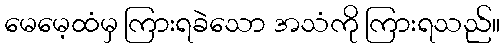
မေမေ့ထံမှ ကြားရခဲသော အသံကို ကြားရသည်။